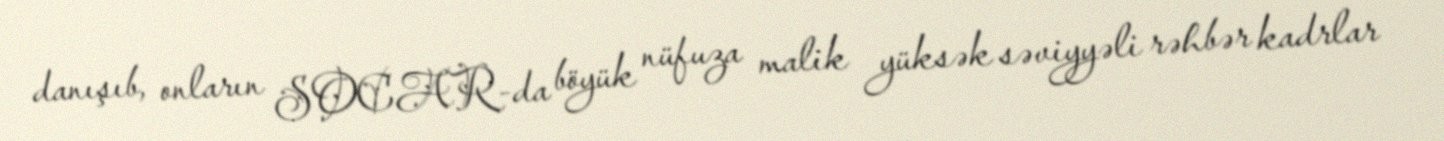
danışıb, onların SOCAR-da böyük nüfuza malik yüksək səviyyəli rəhbər kadrlar